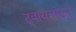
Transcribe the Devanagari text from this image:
ट्वायलाइट